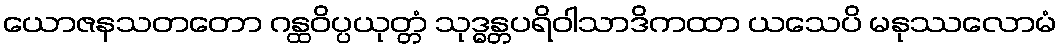
ယောဇနသတတော ဂန္ထဝိပ္ပယုတ္တံ သုဒ္ဓန္တပရိဝါသာဒိကထာ ယသေပိ မနုဿလောမံ